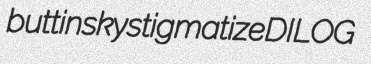
buttinsky stigmatize DILOG